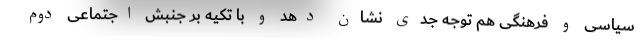
سیاسی و فرهنگی هم توجه جدی نشان دهد و با تکیه بر جنبش اجتماعی دوم